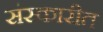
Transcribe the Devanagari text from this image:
संस्कारीत